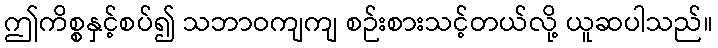
ဤကိစ္စနှင့်စပ်၍ သဘာဝကျကျ စဉ်းစားသင့်တယ်လို့ ယူဆပါသည်။